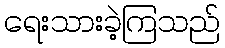
ရေးသားခဲ့ကြသည်